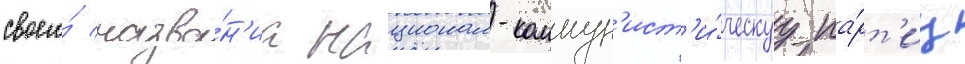
своего́ назва́н'иа национал-коммун'ист'и́ческуу па́рт'иу